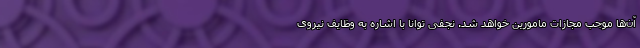
آن‌ها موجب مجازات مامورین خواهد شد. نجفی توانا با اشاره به وظایف نیروی